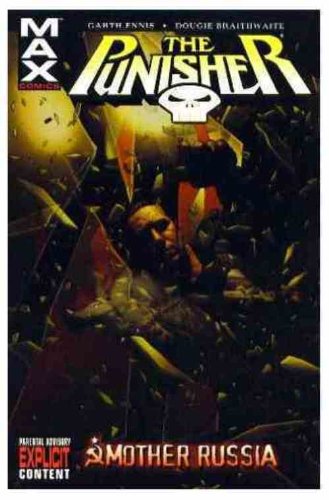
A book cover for Punisher MAX Vol. 3: Mother Russia; Garth Ennis; Comics & Graphic Novels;